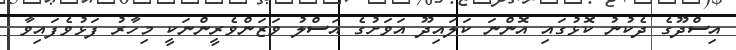
އިސްދޫގެ ދެކުނު ކޮޅުގައި އޮންނަ ކަލައިދޫ އަވަށުގެ އަސްލު ވަޒަންވެރީންނަކީ މިހާރު ފަޅުވެފައިވާ